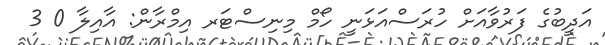
އަދީބުގެ ފަރުވާއަށް ހުރަަސްއަޅަނީ ހޯމް މިނިސްޓަރ އިމްރާން: އާއިލާ 0 3